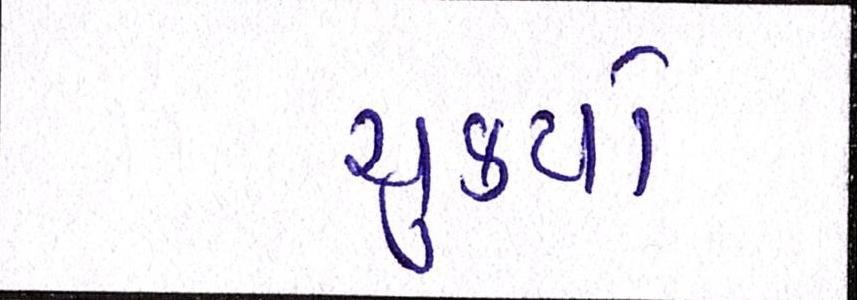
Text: ચુકયો